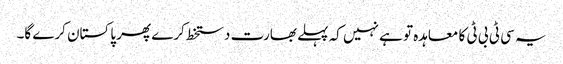
یہ سی ٹی بی ٹی کا معاہدہ تو ہے نہیں کہ پہلے بھارت دستخط کرے پھر پاکستان کرے گا۔